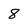
Character: 8